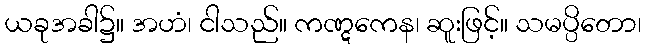
ယခုအခါ၌။ အဟံ၊ ငါသည်။ ကဏ္ဋကေန၊ ဆူးဖြင့်။ သမပ္ပိတော၊